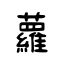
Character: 蘿